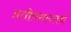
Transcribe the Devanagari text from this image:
प्रतीयमानार्थ